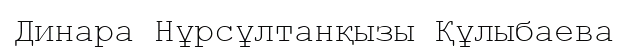
Динара Нұрсұлтанқызы Құлыбаева